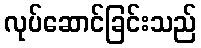
လုပ်ဆောင်ခြင်းသည်